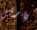
بارني